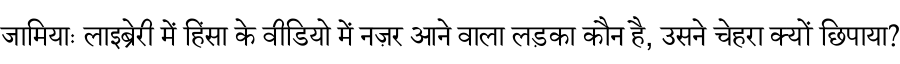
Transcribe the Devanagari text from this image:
जामियाः लाइब्रेरी में हिंसा के वीडियो में नज़र आने वाला लड़का कौन है, उसने चेहरा क्यों छिपाया?